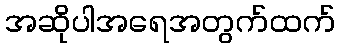
အဆိုပါအရေအတွက်ထက်